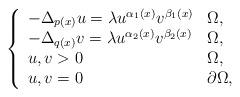
LaTeX: \begin{align*}\left\{\begin{array}{ll}-\Delta _{p(x)}u=\lambda u^{\alpha _{1}(x)}v^{\beta _{1}(x)} & \Omega , \\-\Delta _{q(x)}v=\lambda u^{\alpha _{2}(x)}v^{\beta _{2}(x)} & \Omega , \\u,v>0 & \Omega , \\u,v=0 & \partial \Omega ,\end{array}\right. \end{align*}